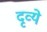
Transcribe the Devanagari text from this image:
दृव्ये